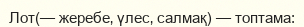
Лот(— жеребе‚ үлес‚ салмақ) — топтама: